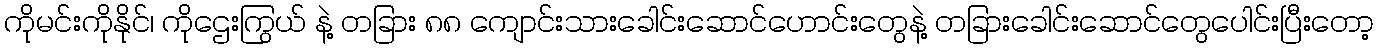
ကိုမင်းကိုနိုင်၊ ကိုဌေးကြွယ် နဲ့ တခြား ၈၈ ကျောင်းသားခေါင်းဆောင်ဟောင်းတွေနဲ့ တခြားခေါင်းဆောင်တွေပေါင်းပြီးတော့